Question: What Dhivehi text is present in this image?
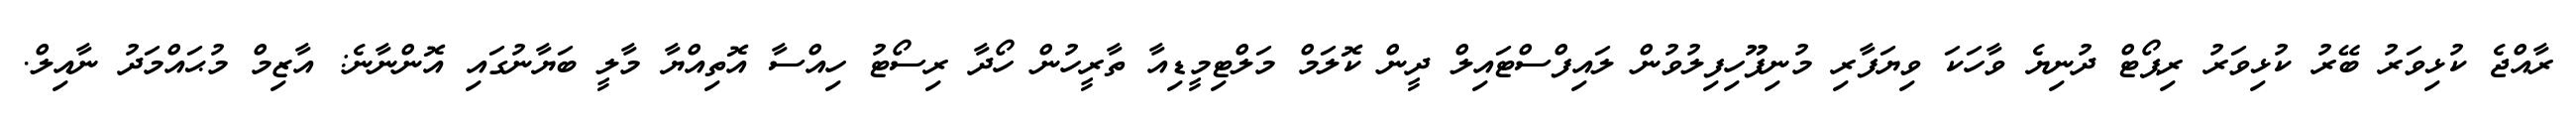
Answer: ރާއްޖެ ކުޅިވަރު ބޭރު ކުޅިވަރު ރިޕޯޓް ދުނިޔެ ވާހަކަ ވިޔަފާރި މުނިފޫހިފިލުވުން ލައިފްސްޓައިލް ދީން ކޮލަމް މަލްޓިމީޑިއާ ތާރީހުން ހޯދާ ރިސޯޓު ހިއްސާ އޮތިއްޔާ މާލީ ބަޔާނުގައި އޮންނާނެ: އާޒިމް މުޙައްމަދު ނާއިލް.